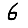
Digit: 6